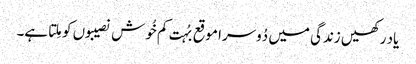
یاد رکھیں زندگی میں دُوسرا موقع بُہت کم خُوش نصیبوں کو مِلتا ہے۔